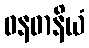
ဓနဓာနိယံ